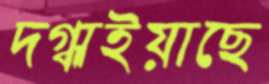
দগ্ধাইয়াছে